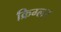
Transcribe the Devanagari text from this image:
क्रिग्लर